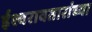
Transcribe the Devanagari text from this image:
ईश्वरावतारांच्या